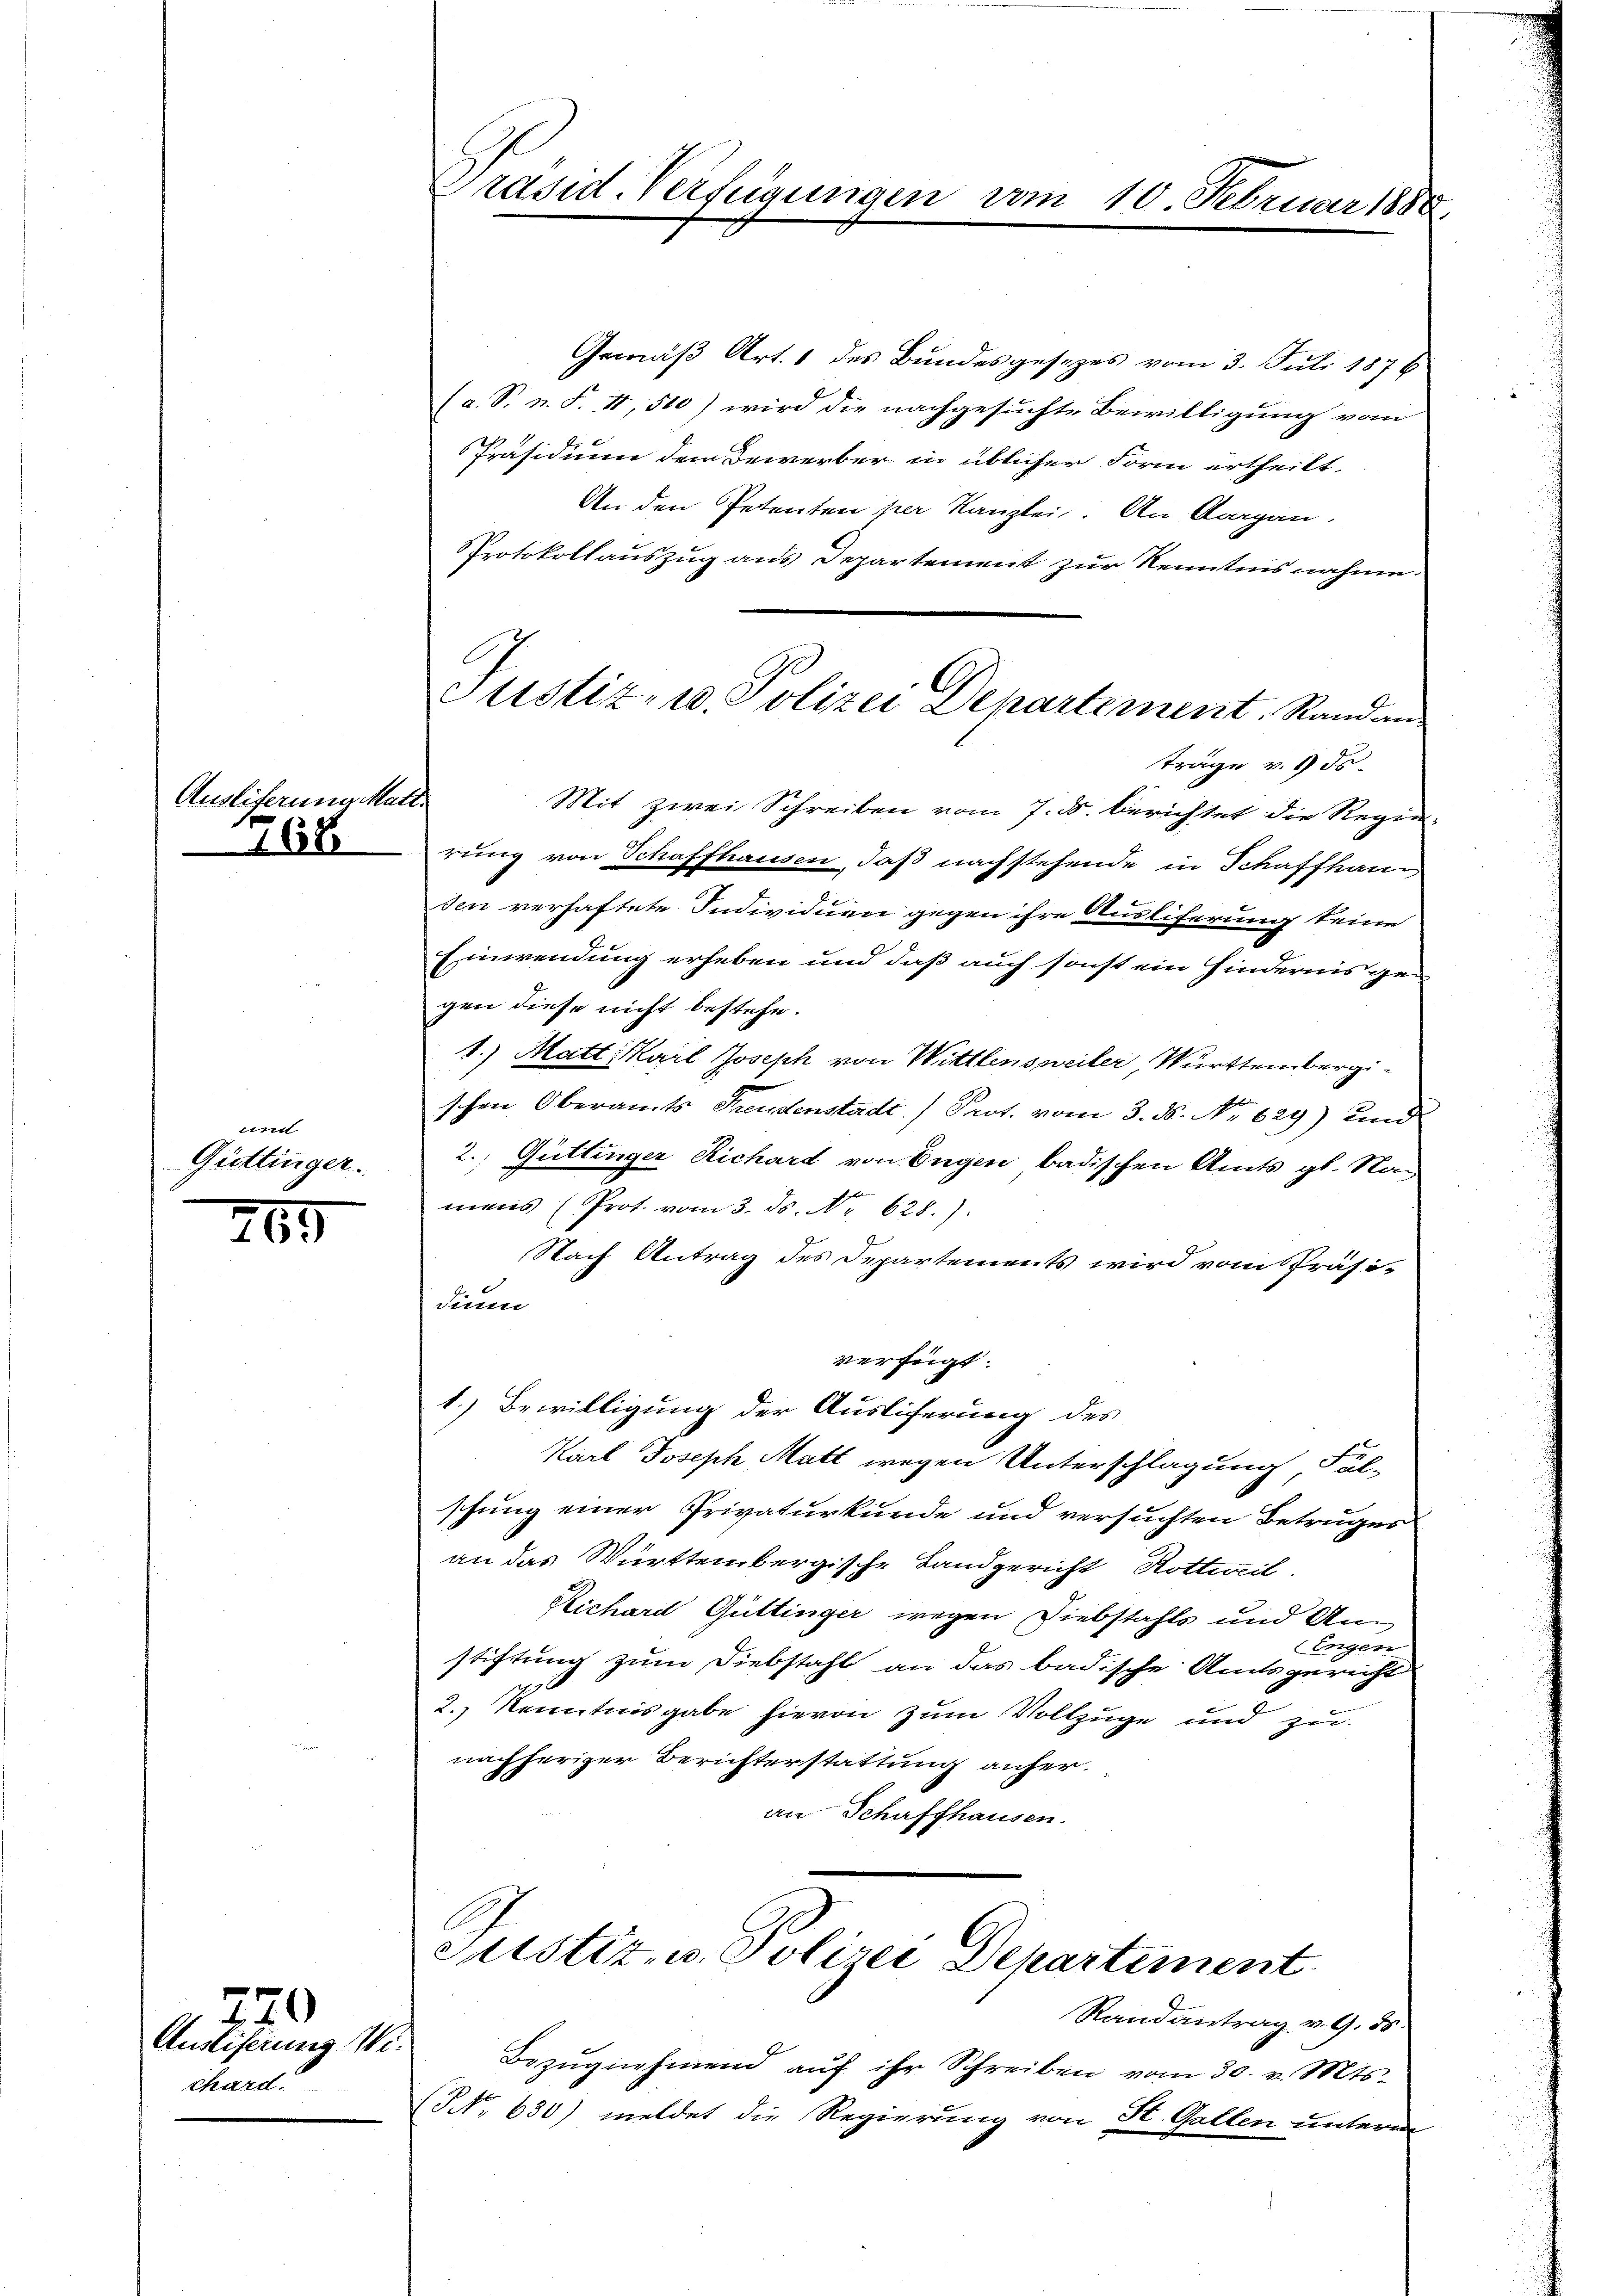
Auslieferung Matt.
168

umd
Güttinger.

265

720
Austiferung Wichard.

Präsid. Verfügungen

2.

Gemäß Art. 1 des Bundesgesezes vom 3. Juli 1876
(a. S. n. F. II, 500) wird die nachgesuchte Bewilligung vom
Präsidiimer dem Bewerber in üblicher Form ertheilt
An den Petenten per Kanzlei. An Aargau.
Protokollauszug aus Departement zur Kenntnisnahme.
rung von Schaffhausen, daß nachstehende in Schaffhau
sen verhaftete Individuen gegen ihre Ausliferung keine
Einwendung erheben und daß auch sonst ein Hindernis gegen diese nicht bestehe.
1.) Matt. Karl Joseph von Wittlensweiler Württembergischen Oberamts Freudenstadt Prot. vom 3. ds. No 629) und
2. Güttinger Richard von Engen badischen Amts gl. Namens (Prot. vom 3. ds. No. 628.)
Nach Antrag des Departements wird vom Präsi-
Sinn
verfügt:
1.) Bewilligung der Auslieferung des
Karl Joseph Matt wegen Unterschlagung, Ful-
schung einer Privaturkunde und versuchten Betruges
an das Württembergische Landgericht Rottweil.
Richard Güttinger wegen Diebstahls und An
(Engen
stiftung zum Diebstahl an das badische Amtsgericht
2.) Kenntnisgabe hievon zum Vollzuge und zunachheriger Berichterstattung anheran Schaffhausen.

10. Februar 188

Justiz- u. Polizei Departement. Randan
träge v. ds.
Mit zwei Schreiben vom 7. ds. berichtet die Regie¬

Justiz- u. Polizei Departement
Randantrag v. 9. 55.

Bezŭgnehmend aŭf ihr Schreiben vom 30. v. Mts.
NNo. 630) meldet die Regierung von St. Gallen unterm